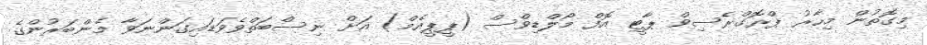
މިގޮތުން މިހާރު ޕްރޮގްރެސިވް ޕާޓީ އޮފް މޯލްޑިވްސް (ޕީޕީއެމް) އަށް ނިސްބަތްވެވަޑައިގަންނަވާ މެންބަރުންގެ